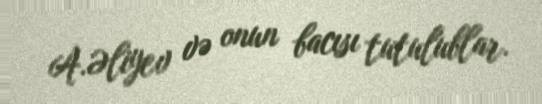
A.Əliyev və onun bacısı tutulublar.